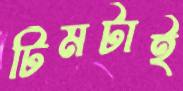
টিমটাই